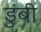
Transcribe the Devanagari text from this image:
डुंबी